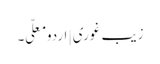
زیب غوری | اردو معلّی ۔